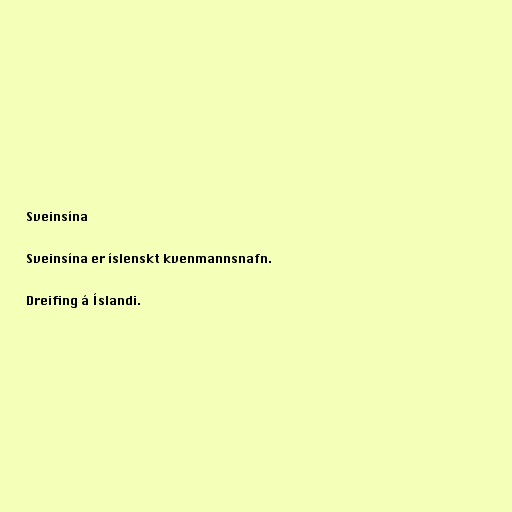
Sveinsína

Sveinsína er íslenskt kvenmannsnafn.

Dreifing á Íslandi.